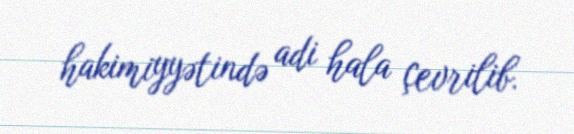
hakimiyyətində adi hala çevrilib.